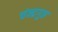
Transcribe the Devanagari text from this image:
चंन्द्रगुप्त